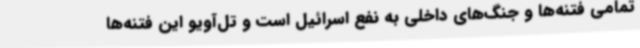
تمامی فتنه‌ها و جنگ‌های داخلی به نفع اسرائیل است و تل‌آویو این فتنه‌ها